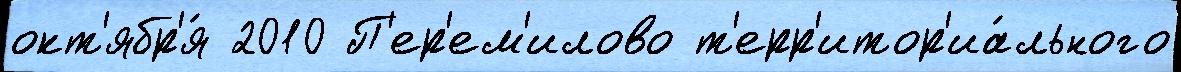
окт'ябр'я́ 2010 П'ер'ем'илово т'ерр'итор'иа́льного